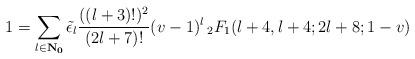
LaTeX: \begin{align*}1 = \sum_{l \in \bf{N}_0} \tilde{\epsilon}_l \frac{((l+3)!)^2}{(2l+7)!} (v-1)^l \, _2F_1(l+4, l+4; 2l+8;1-v)\end{align*}